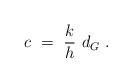
LaTeX: \begin{align*}c \ = \ {k\over h}\ d_G \ . \end{align*}